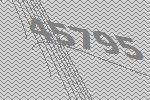
45795